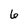
Character: 6